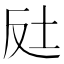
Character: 𡊃